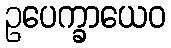
ဥပေက္ခာယေဝ